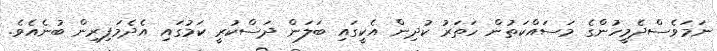
ނަމަވެސްދެމީހުންގެ މަސައްކަތުން ހަތަރު ކުދިން އެކީގައި ބަލަން ދަސްކުރީ ކަމުގައި އެދެމަފިރިން ބުނެއެވެ.